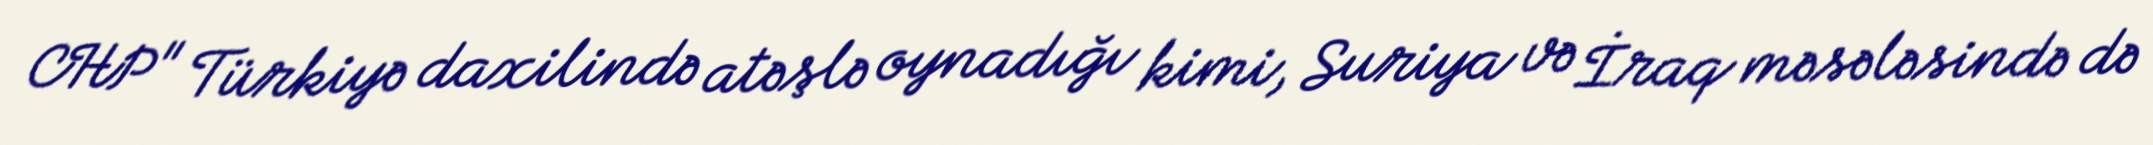
CHP" Türkiyə daxilində atəşlə oynadığı kimi, Suriya və İraq məsələsində də